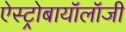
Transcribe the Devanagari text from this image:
ऐस्ट्रोबायॉलॉजी